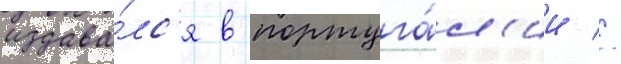
издава́лс'я в португа́л'ии //